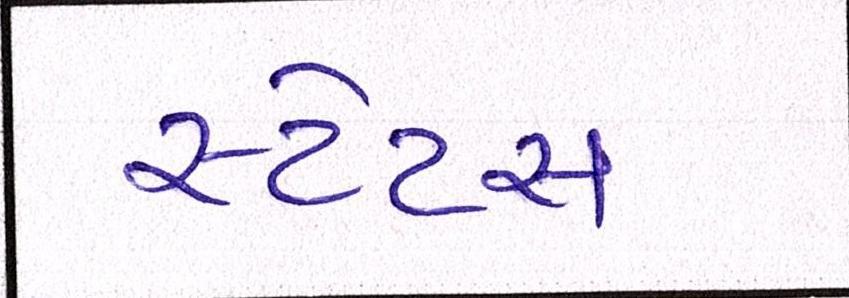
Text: સ્ટેટસ